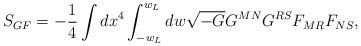
LaTeX: \begin{align*}S_{GF}=-\frac{1}{4}\int dx^4\int_{-w_L}^{w_L}dw\sqrt{-G}G^{MN}G^{RS}F_{MR}F_{NS},\end{align*}